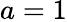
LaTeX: a=1